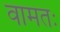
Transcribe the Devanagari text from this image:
वामतः